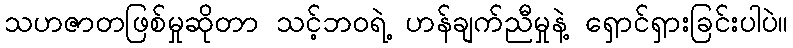
သဟဇာတဖြစ်မှုဆိုတာ သင့်ဘဝရဲ့ ဟန်ချက်ညီမှုနဲ့ ရှောင်ရှားခြင်းပါပဲ။